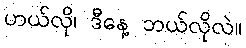
ဟယ်လို၊ ဒီနေ့ ဘယ်လိုလဲ။